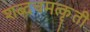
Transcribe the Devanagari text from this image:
शब्दचमत्कृती